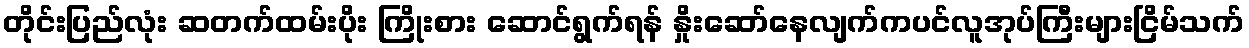
တိုင်းပြည်လုံး ဆတက်ထမ်းပိုး ကြိုးစား ဆောင်ရွက်ရန် နှိုးဆော်နေလျက်ကပင်လူအုပ်ကြီးများငြိမ်သက်